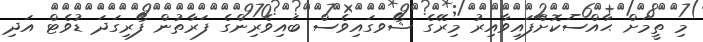
މި ތީމަށް ޙާއްސަކޮށްފައިވާއިރު މިރޭގެ ޝޯވގައިވެސް ބައިވެރިންގެ ފަރާތުން ފޯރިގަދަ ޑުވެޓް އަދި